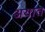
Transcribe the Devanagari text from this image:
अयात